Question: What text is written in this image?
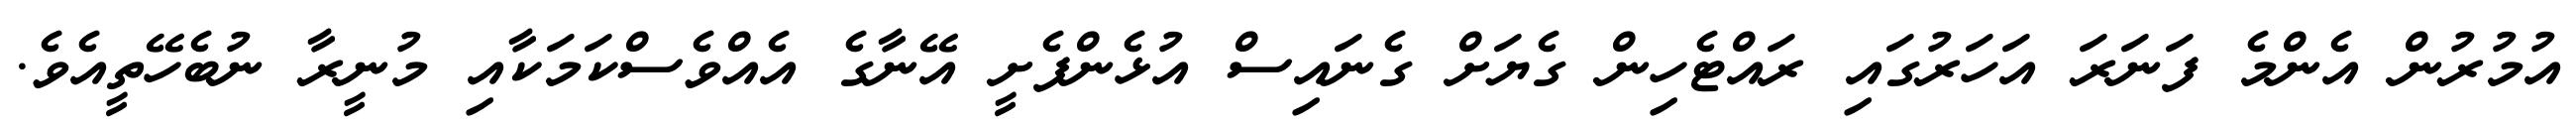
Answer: އުމުރުން އެންމެ ފަނަރަ އަހަރުގައި ރައްޓެހިން ގެޔަށް ގެނައިސް އުޅެންފެށީ އޭނާގެ އެއްވެސްކަމަކާއި މުނީރާ ނުބެހޭތީއެވެ.